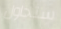
ستحاول